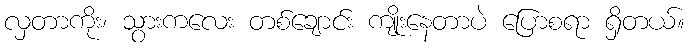
လှတာကိုး၊ သွားကလေး တစ်ချောင်း ကျိုးနေတာပဲ ပြောစရာ ရှိတယ်။